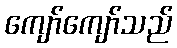
ကျော်ကျော်သည်